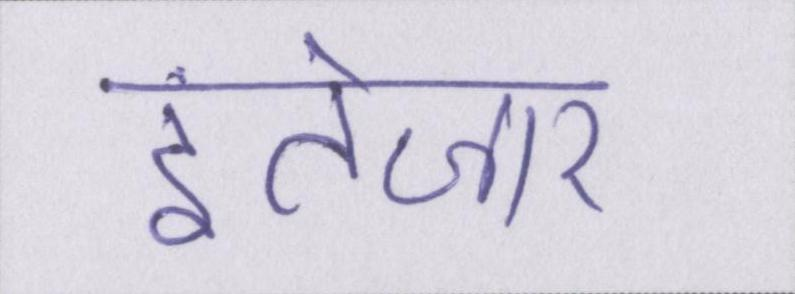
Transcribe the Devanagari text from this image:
इंतेज़ार